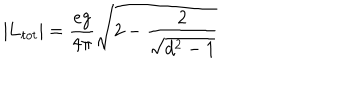
\vert { \bf L } _ { t o t } \vert = { \frac { e g } { 4 \pi } } \sqrt { 2 - { \frac { 2 } { \sqrt { d ^ { 2 } - 1 } } } }